Lunatic asylums Madras 1892-1911 - 1892-1911
Year: 1892
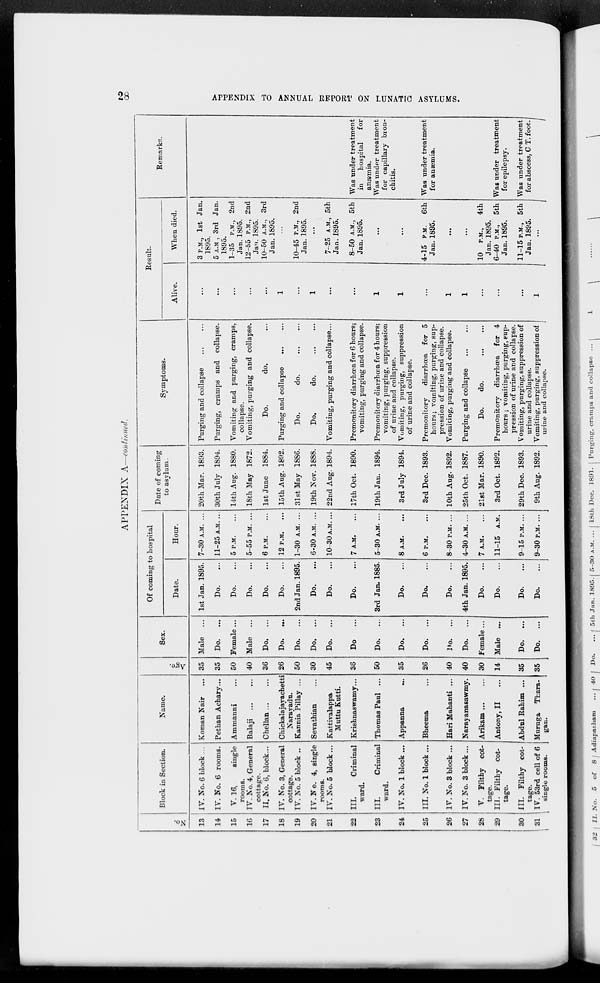
28
APPENDIX TO ANNUAL REPORT ON LUNATIC ASYLUMS.
APPENDIX A—continued.
No.
13
14
15
16
17
18
19
20
21
22
23
24
25
26
27
28
29
30
31
Block in Section.
IV. No. 6 block ...
IV. No. 6 rooms.
V. 16,
single
rooms.
IV. No. 4, General
cottage.
II. No. 6, block ...
IV. No. 3, General
cottage.
IV. No. 5 block ..
IV. No. 4, single
rooms.
IV. No. 5 block ...
III.
Criminal
ward.
III.
Criminal
ward.
IV. No. 1 block ...
III. No. 1 block ...
IV. No. 3 block ...
IV. No. 3 block ...
V. Filthy cot-
tage.
III. Filthy cot-
tage.
III. Filthy cot-
tage.
IV. 53rd cell of 6
single rooms.
Name.
Koman Nair
...
Pethan Achary...
Ammanni ...
Balaji
...
...
Chellan
...
...
Chickalajayachetti
Narayadu.
Kannia Pillay ...
Sevathian ...
Kattivalappa
Muttu Kutti.
Krishnaswamy ...
Thomas Paul ...
Appanna ...
Bheema ...
Hari Mahanti ...
Narayanasawmy.
Arikam
...
...
Antony, II ...
Abdul Rahim ...
Muruga
Thara-
gan.
Age.
35
35
50
40
36
26
50
30
45
36
50
35
26
40
40
30
14
35
35
Sex.
Male ...
Do.
...
Female ...
Male ...
Do.
...
Do.
...
Do.
...
Do,
...
Do.
...
Do
...
Do.
...
Do. ...
Do.
...
Do.
...
Do. ...
Female ...
Male ...
Do.
...
Do.
...
Of coming to hospital
Date.
1st Jan. 1895.
Do. ...
Do. ...
Do. ...
Do. ...
Do. ...
2nd Jan. 1895.
Do. ...
Do. ...
Do. ...
3rd Jan. 1885.
Do. ...
Do. ...
Do. ...
4th Jan. 1895.
Do. ...
Do. ...
Do. ...
Do. ...
Hour.
7—30 A.M. ...
11—25 A.M. ...
5 P.M. ...
5—55 P.M. ...
6 P.M. ...
12 P.M. ...
1—30 A.M. ...
6—30 A.M. ...
10—30 A.M. ...
7 A.M. ...
5—30 A.M. ...
8 A.M. ...
6 P.M. ...
8—30 P.M. ...
4—30 A.M. ...
7 A.M. ...
11—15 A.M.
9—15 P.M. ...
9—30 P.M. ...
Date of coming
to asylum.
20th Mar. 1893.
30th July 1894.
14th Aug. 1880.
18th May 1872.
1st June 1884.
15th Aug. 1892.
31st May 1886.
19th Nov. 1888.
22nd Aug. 1894.
17th Oct. 1890.
19th Jan. 1894.
3rd July 1894.
3rd Dec. 1893.
10th Aug. 1892.
25th Oct. 1887.
21st Mar. 1890.
3rd Oct. 1892.
29th Dec. 1893.
9th Aug. 1892.
Symptoms.
Purging and collapse ... ...
Purging, cramps and collapse.
Vomiting and purging, cramps,
collapse.
Vomiting, purging and collapse.
Do.
do. ...
Purging and collapse
...
...
Do.
do. ... ...
Do.
do.
...
...
Vomiting, purging and collapse ...
Premonitory diarrhœa for 6 hours;
vomiting, purging and collapse.
Premonitory diarrhœa for 4 hours;
vomiting, purging, suppression
of urine and collapse.
Vomiting, purging, suppression
of urine and collapse.
Premonitory
diarrhœa for 5
hours; vomiting, purging, sup-
pression of urine and collapse.
Vomiting, purging and collapse.
Purging and collapse ... ...
Do.
do.
...
...
Premonitory diarrhœa for 4
hours ; vomiting, purging, sup-
pression of urine and collapse.
Vomiting, purging, suppression of
urine and collapse.
Vomiting, purging, suppression of
urine and collapse.
Result.
Alive.
...
...
...
...
...
1
...
1
...
...
1
1
...
1
1
...
...
...
1
When died.
3 P.M., 1st Jan.
1895.
5 A.M , 3rd Jan-
1895.
1—35 P.M., 2nd
Jan. 1895.
12—55 P.M., 2nd
Jan. 1895.
10—50 A.M., 3rd
Jan. 1895.
...
10—45 P.M., 2nd
Jan. 1895.
...
7—25 A.M., 5th
Jan. 1895.
80—50 A.M., 5th
Jan. 1895.
...
...
4—15 P.M. 6th
Jan. 1895.
...
...
10 P.M., 4th
Jan. 1895.
6—40 P.M., 5th
Jan. 1895.
11—15 P.M., 5th
Jan. 1895.
...
Remarks.
Was under treatment
in
hospital
for
anæmia.
Was under treatment
for capillary bron-
chitis.
Was under treatment
for anæmia.
Was under treatment
for epilepsy.
Was under treatment
for abscess, C T. foot.